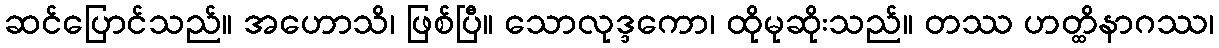
ဆင်ပြောင်သည်။ အဟောသိ၊ ဖြစ်ပြီ။ သောလုဒ္ဒကော၊ ထိုမုဆိုးသည်။ တဿ ဟတ္ထိနာဂဿ၊